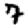
Digit: 7